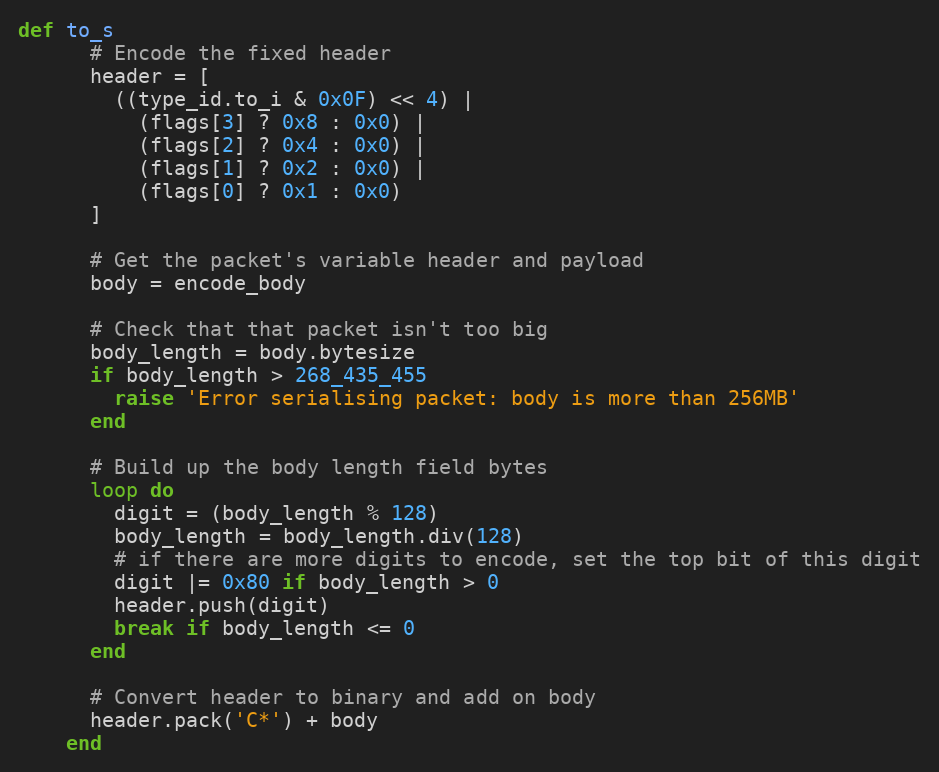
Language: Ruby
def to_s
      # Encode the fixed header
      header = [
        ((type_id.to_i & 0x0F) << 4) |
          (flags[3] ? 0x8 : 0x0) |
          (flags[2] ? 0x4 : 0x0) |
          (flags[1] ? 0x2 : 0x0) |
          (flags[0] ? 0x1 : 0x0)
      ]

      # Get the packet's variable header and payload
      body = encode_body

      # Check that that packet isn't too big
      body_length = body.bytesize
      if body_length > 268_435_455
        raise 'Error serialising packet: body is more than 256MB'
      end

      # Build up the body length field bytes
      loop do
        digit = (body_length % 128)
        body_length = body_length.div(128)
        # if there are more digits to encode, set the top bit of this digit
        digit |= 0x80 if body_length > 0
        header.push(digit)
        break if body_length <= 0
      end

      # Convert header to binary and add on body
      header.pack('C*') + body
    end